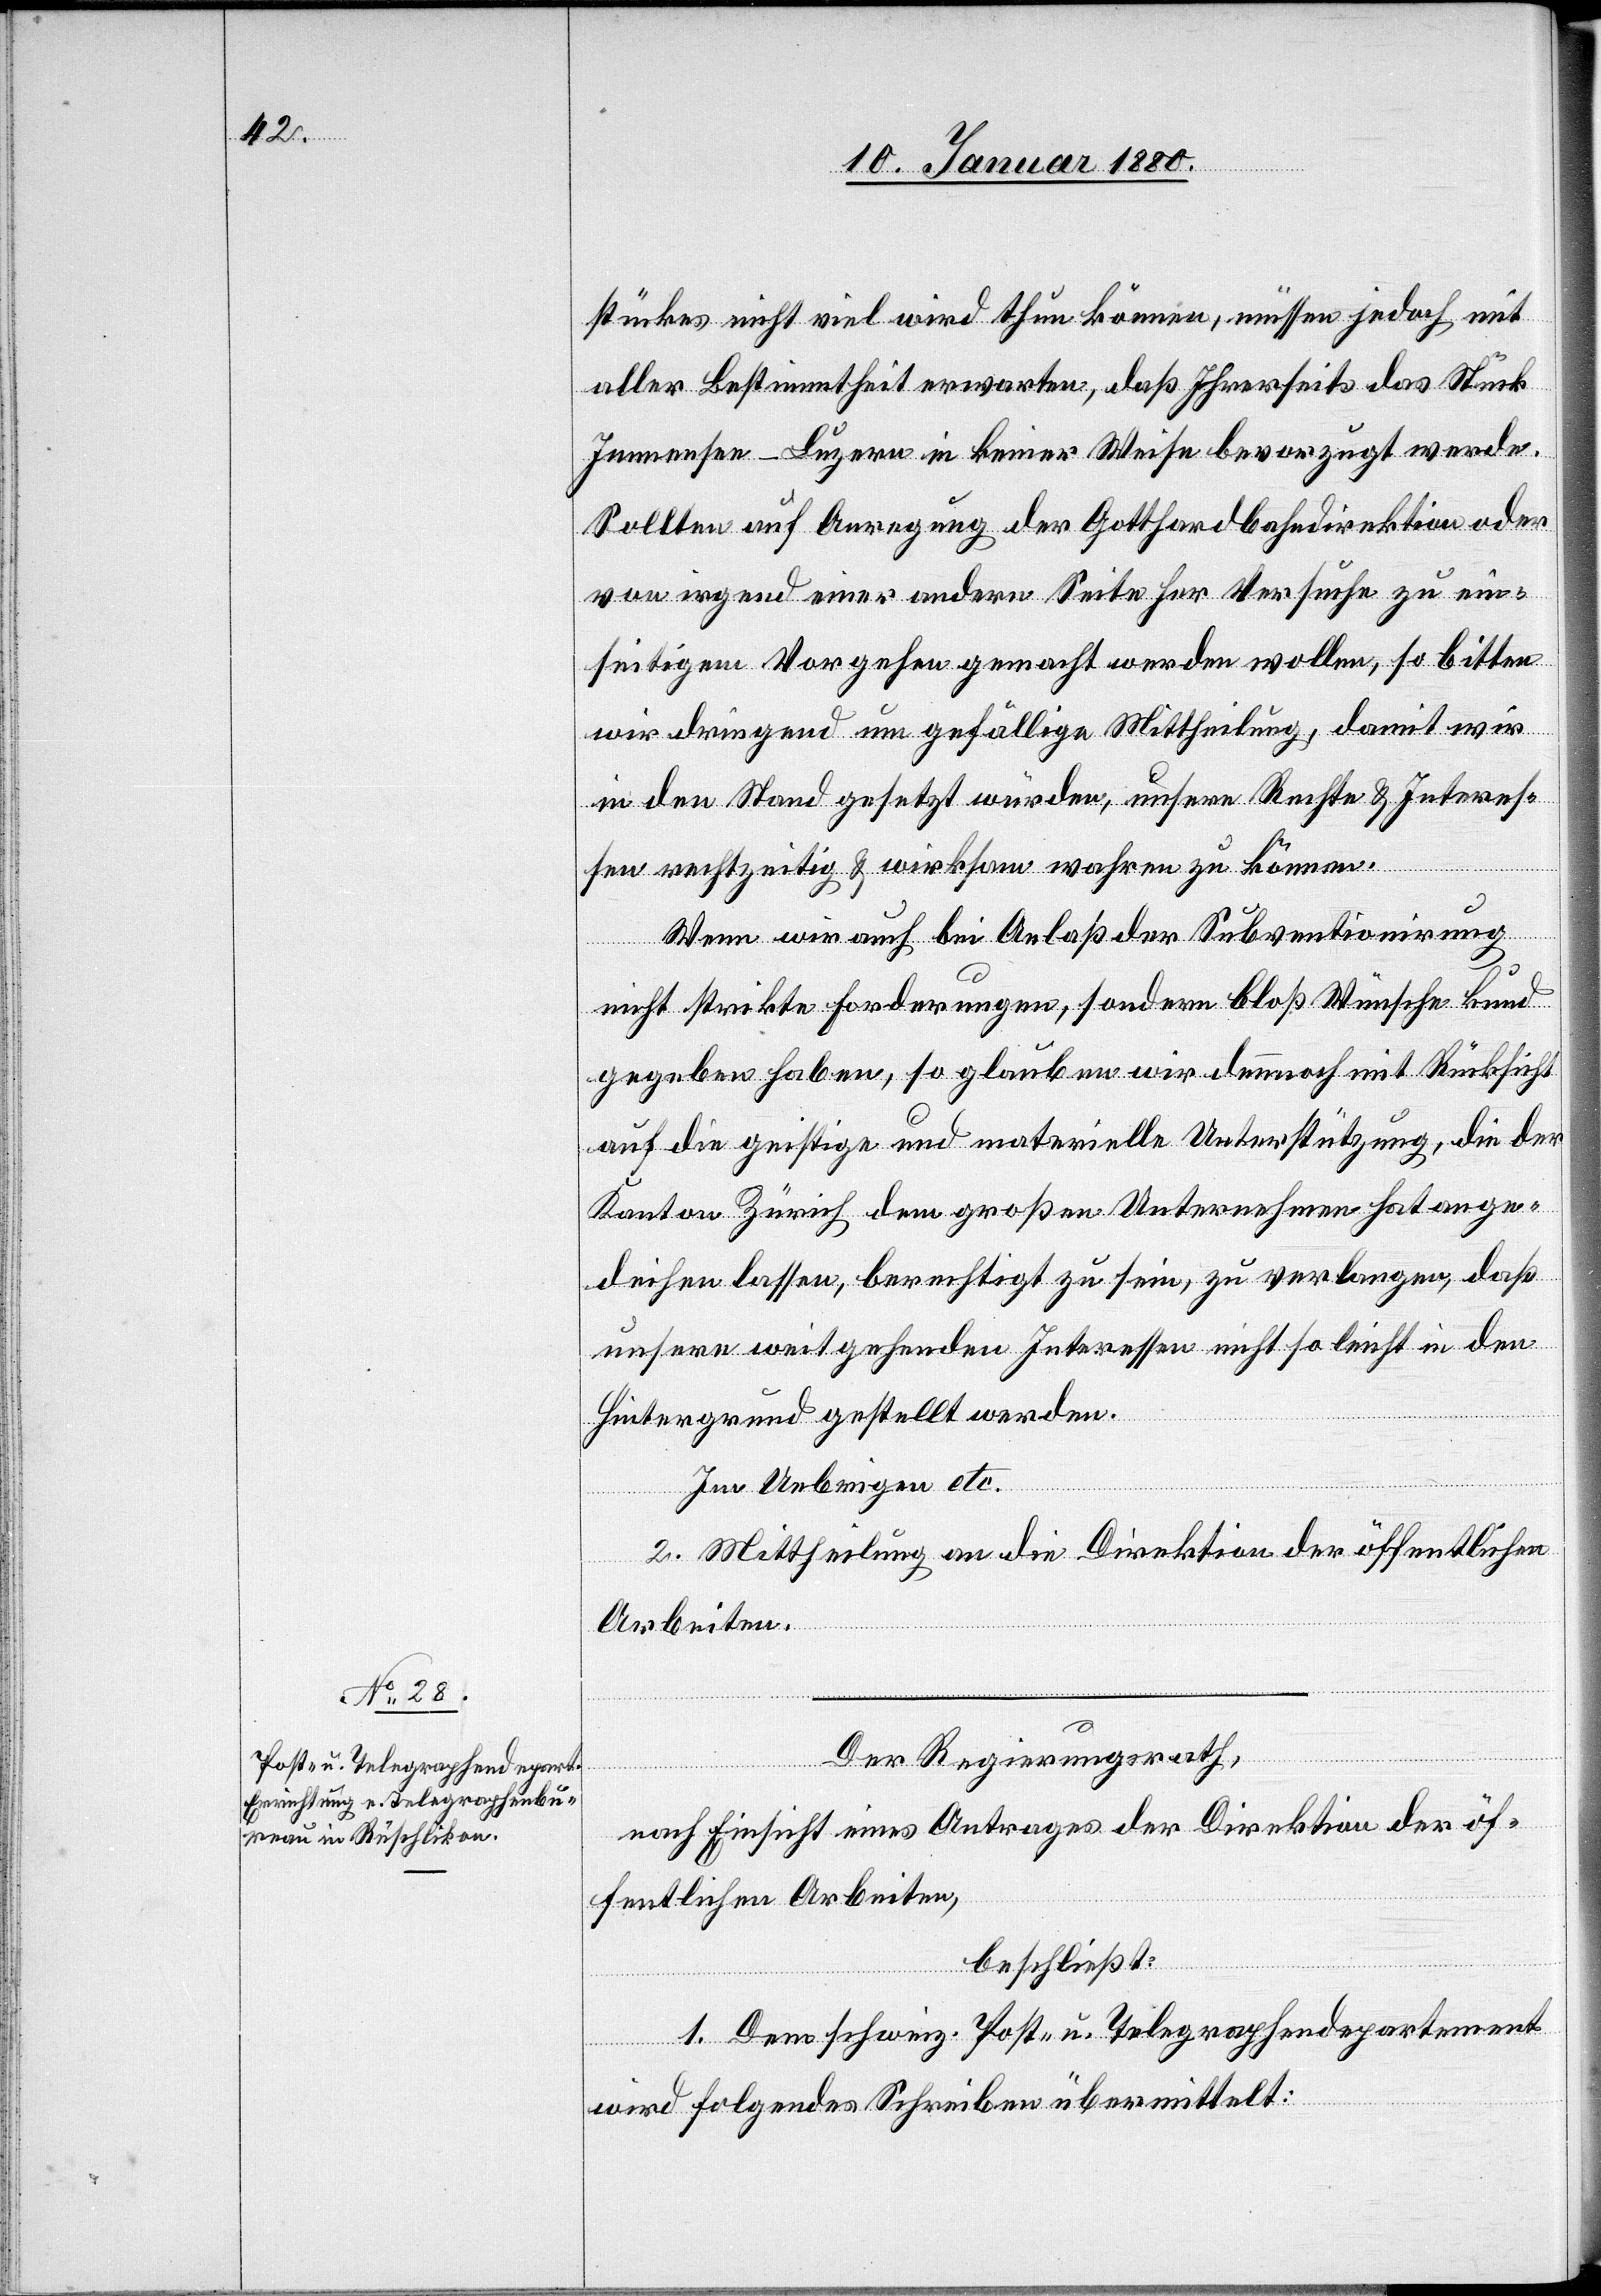
stückes nicht viel wird thun können, müssen jedoch mit
aller Bestimmtheit erwarten, daß Ihrerseits das Stück
Immensee–Luzern in keiner Weise bevorzugt werde.
Sollten auf Anregung der Gotthardbahndirektion oder
von irgend einer andern Seite her Versuche zu ein¬
seitigem Vorgehen gemacht werden wollen, so bitten
wir dringend um gefällige Mittheilung, damit wir
in den Stand gesetzt würden, unsere Rechte & Interes¬
sen rechtzeitig & wirksam wahren zu können.
Wenn wir auch bei Anlaß der Subventionirung
nicht strikte Forderungen, sondern bloß Wünsche kund
gegeben haben, so glauben wir dennoch mit Rücksicht
auf die geistige und materielle Unterstützung, die der
Kanton Zürich dem großen Unternehmen hat ange¬
deihen lassen, berechtigt zu sein, zu verlangen, daß
Hintergrund gestellt werden.
Im Uebrigen etc.
in den
2. Mittheilung an die Direktion der öffentlichen
Arbeiten.
Der Regierungsrath,
nach Einsicht eines Antrages der Direktion der öf¬
fentlichen Arbeiten,
beschließt:
1. Dem schweiz. Post- u. Telegraphendepartement
wird folgendes Schreiben übermittelt: